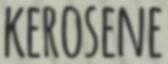
KEROSENE